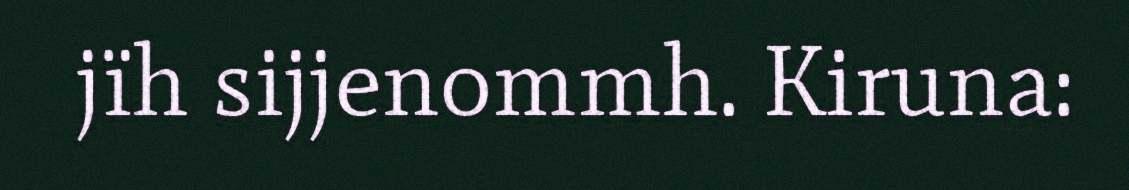
jïh sijjenommh. Kiruna: